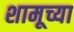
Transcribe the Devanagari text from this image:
शामूच्या